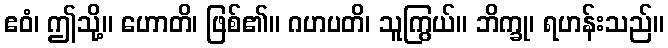
ဧဝံ၊ ဤသို့။ ဟောတိ၊ ဖြစ်၏။ ဂဟပတိ၊ သူကြွယ်။ ဘိက္ခု၊ ရဟန်းသည်။